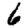
Digit: 6